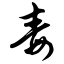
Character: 毒